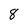
Character: 8